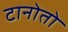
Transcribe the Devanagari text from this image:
टानोतो